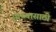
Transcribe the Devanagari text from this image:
साध्यासाठी